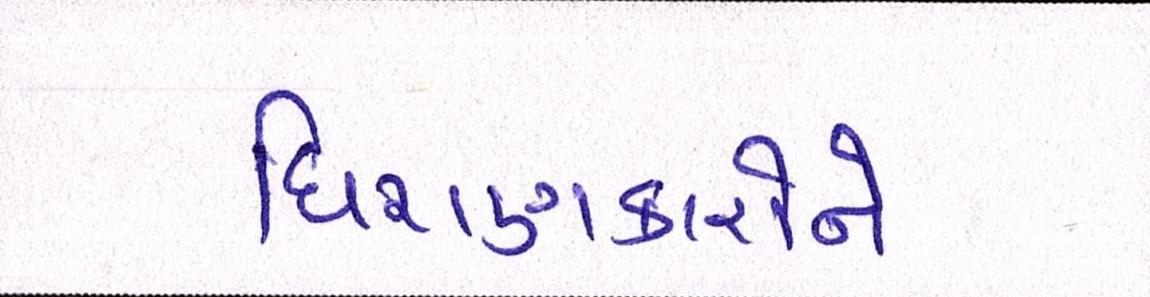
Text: ધિરાણકારોને